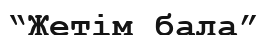
“Жетім бала”